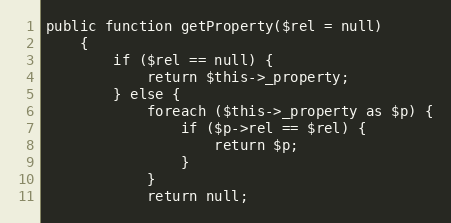
Language: PHP
public function getProperty($rel = null)
    {
        if ($rel == null) {
            return $this->_property;
        } else {
            foreach ($this->_property as $p) {
                if ($p->rel == $rel) {
                    return $p;
                }
            }
            return null;